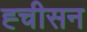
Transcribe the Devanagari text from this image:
ह्चीसन